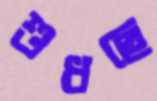
শুধছে